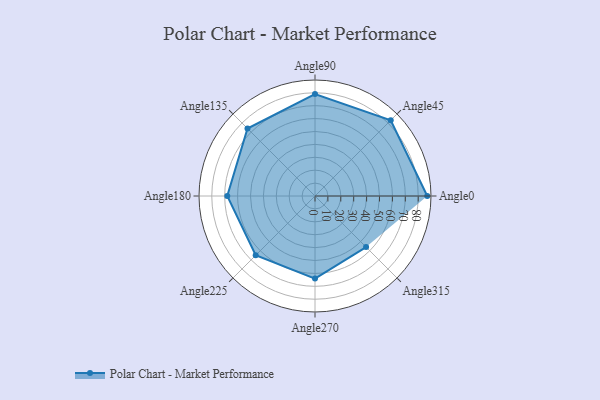
{"axis": {"x": "Angle", "y": "Radius"}, "legend": [""], "data": [{"x": "Angle0", "y": 87.0, "type": ""}, {"x": "Angle45", "y": 83.0, "type": ""}, {"x": "Angle90", "y": 79.0, "type": ""}, {"x": "Angle135", "y": 74.0, "type": ""}, {"x": "Angle180", "y": 68.0, "type": ""}, {"x": "Angle225", "y": 65.0, "type": ""}, {"x": "Angle270", "y": 64.0, "type": ""}, {"x": "Angle315", "y": 56.0, "type": ""}]}